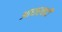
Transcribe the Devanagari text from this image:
आधारवादी